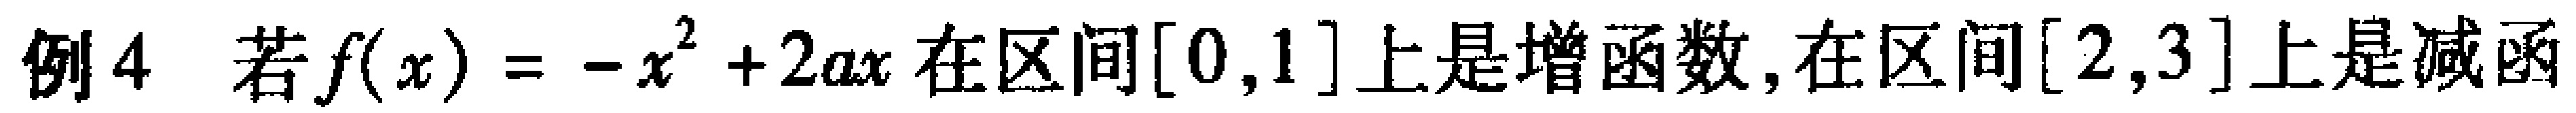
例4 若\(f(x)=-x^{2}+2ax\)在区间\([0,1]\)上是增函数,在区间\([2,3]\)上是减函